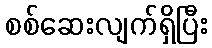
စစ်ဆေးလျက်ရှိပြီး